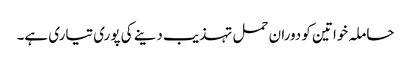
حاملہ خواتین کو دوران حمل تہذیب دینے کی پوری تیاری ہے۔